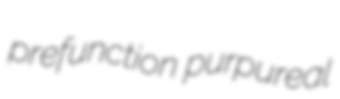
prefunction purpureal